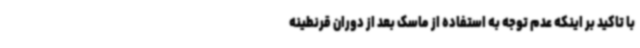
با تاکید بر اینکه عدم توجه به استفاده از ماسک بعد از دوران قرنطینه